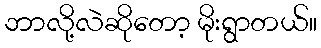
ဘာလို့လဲဆိုတော့ မိုးရွာတယ်။